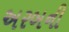
અરબની